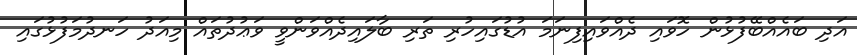
އަދި ބައެއްބޭފުޅުން ހޮވައި ދެއްވައިފިނަމަ އުޑުގައިހުރި ތަރި ބާލައިދެއްވަންވީ ވަޢުދުތައް މިއަދު ހަނދުމަފުޅުގައި